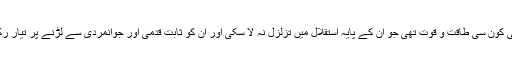
ایسی کون سی طاقت و قوت تھی جو ان کے پایہ استقلال میں تزلزل نہ لا سکی اور ان کو ثابت قدمی اور جوانمردی سے لڑنے پر تیار رکھا۔